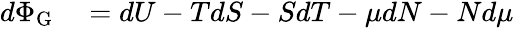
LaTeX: \begin{array}{rl}{d\Phi_{\mathrm{{G}}}}&{{}=dU-TdS-SdT-\mu dN-Nd\mu}\end{array}